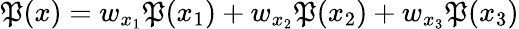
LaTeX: \mathfrak{P}(x)=w_{x_{1}}\mathfrak{P}(x_{1})+w_{x_{2}}\mathfrak{P}(x_{2})+w_{x_{3}}\mathfrak{P}(x_{3})